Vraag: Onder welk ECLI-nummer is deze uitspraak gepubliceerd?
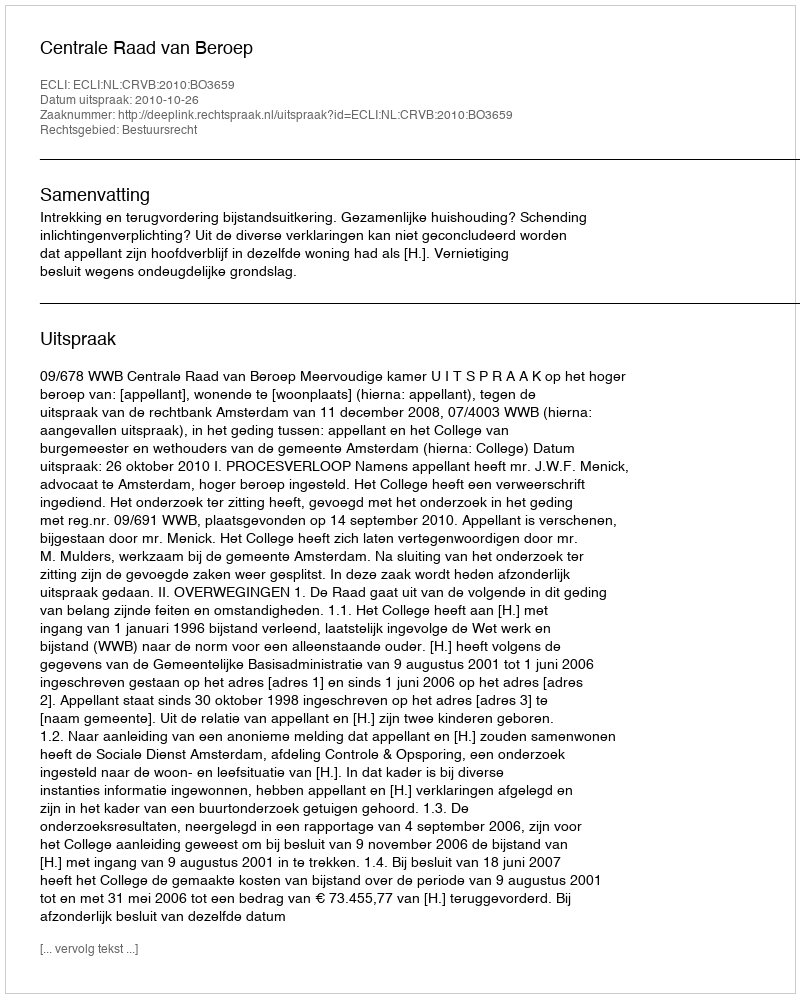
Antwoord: ECLI:NL:CRVB:2010:BO3659